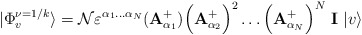
\begin{align*}|\Phi _{v}^{\nu =1/k}\rangle ={\cal N} \varepsilon ^{\alpha _{1}\dots\alpha _{N}}({\bf A}{_{\alpha _{1}}^{+}})\Big({\bf A}_{\alpha_{2}}^{+}\Big)^{2}\dots\Big({\bf A}_{\alpha _{N}}^{+}\Big)^{N}\ {\bf I}\;|v\rangle\end{align*}